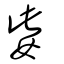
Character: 姕